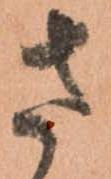
さ